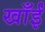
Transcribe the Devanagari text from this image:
खाँईं